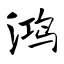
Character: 鸿